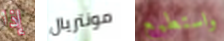
إذا مونتريال واستطيع